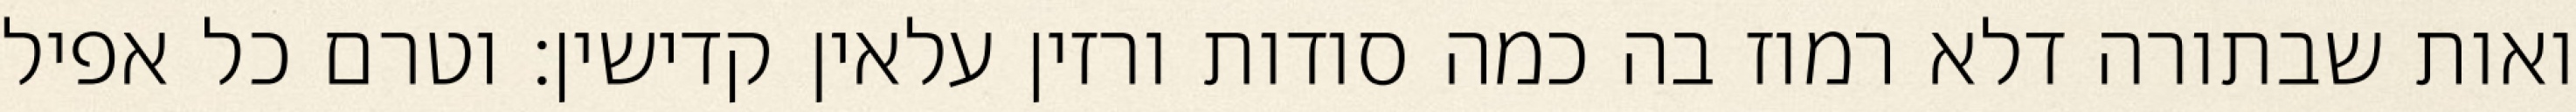
ואות שבתורה דלא רמוז בה כמה סודות ורזין עלאין קדישין: וטרם כל אפיל